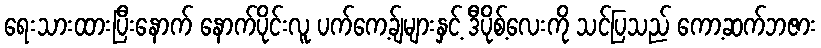
ရေးသားထားပြီးနောက် နောက်ပိုင်းလူ ပက်ကေ့ခ်ျများနှင့် ဒီပိုစ့်လေးကို သင်ပြသည် ကော့ဆက်ဘဇား